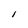
Character: l